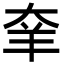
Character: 羍